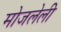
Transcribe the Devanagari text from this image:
मोजलेली